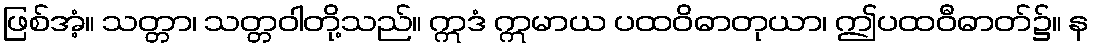
ဖြစ်အံ့။ သတ္တာ၊ သတ္တဝါတို့သည်။ ဣဒံ ဣမာယ ပထဝိဓာတုယာ၊ ဤပထဝီဓာတ်၌။ န